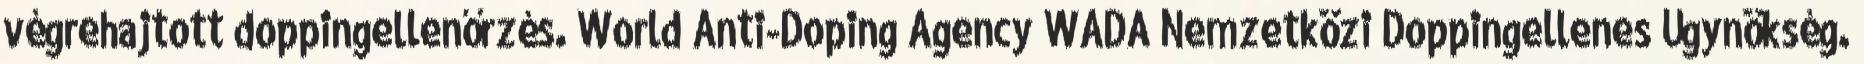
végrehajtott doppingellenőrzés. World Anti-Doping Agency WADA Nemzetközi Doppingellenes Ügynökség.